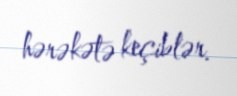
hərəkətə keçiblər.